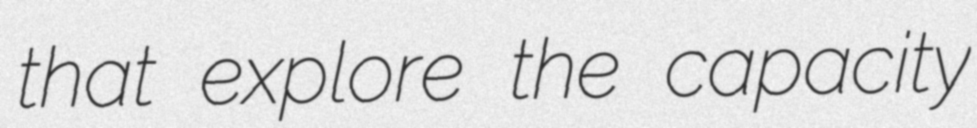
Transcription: that explore the capacity